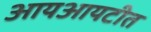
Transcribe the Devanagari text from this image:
आयआयटीत